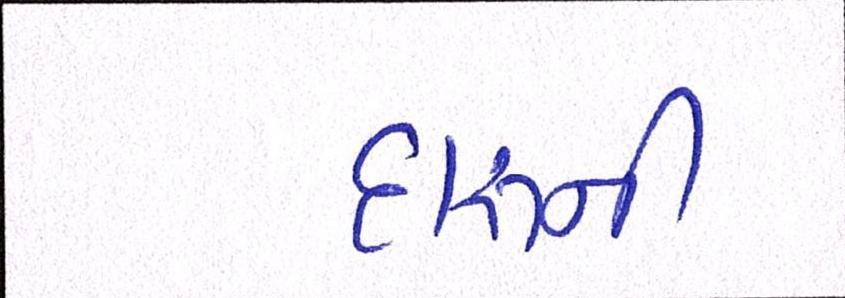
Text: દારૂની